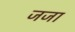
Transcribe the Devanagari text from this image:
जजा